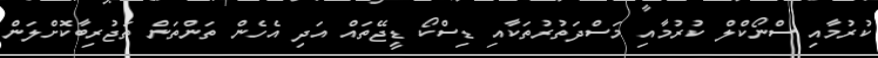
ކުރުމާއި ސްނޯކްލް ކުރުމާއި މަސްދަތުރުތަކާއި ޑިސްކޯ ޑީޖޭތައް އަދި އެހެން ތަންތަން ތަޖުރިބާކޮށްލަން